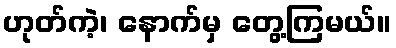
ဟုတ်ကဲ့၊ နောက်မှ တွေ့ကြမယ်။